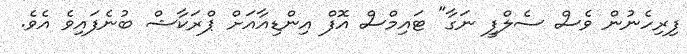
ފިރިހެނުން ވެސް ސެލްފީ ނަގާ" ޓައިމްސް އޮފް އިންޑިއާއަށް ޕްރަކާޝް ބުނެފައިވެ އެވެ.